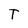
Character: T